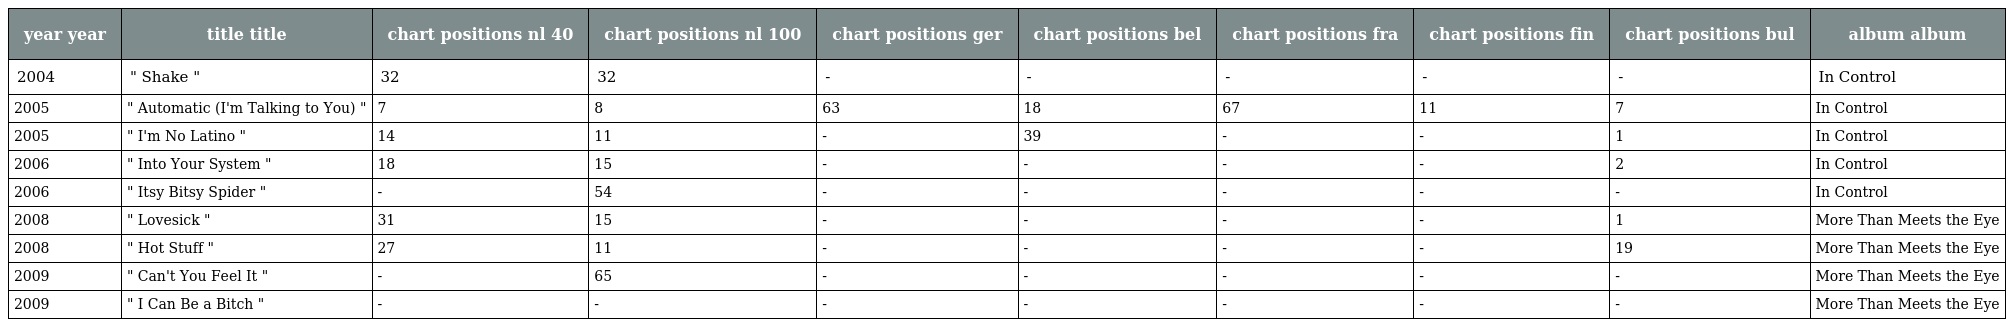
| year year | title title | chart positions nl 40 | chart positions nl 100 | chart positions ger | chart positions bel | chart positions fra | chart positions fin | chart positions bul | album album |
 | --- | --- | --- | --- | --- | --- | --- | --- | --- | --- |
 | 2004 | " Shake " | 32 | 32 | - | - | - | - | - | In Control |
 | 2005 | " Automatic (I'm Talking to You) " | 7 | 8 | 63 | 18 | 67 | 11 | 7 | In Control |
 | 2005 | " I'm No Latino " | 14 | 11 | - | 39 | - | - | 1 | In Control |
 | 2006 | " Into Your System " | 18 | 15 | - | - | - | - | 2 | In Control |
 | 2006 | " Itsy Bitsy Spider " | - | 54 | - | - | - | - | - | In Control |
 | 2008 | " Lovesick " | 31 | 15 | - | - | - | - | 1 | More Than Meets the Eye |
 | 2008 | " Hot Stuff " | 27 | 11 | - | - | - | - | 19 | More Than Meets the Eye |
 | 2009 | " Can't You Feel It " | - | 65 | - | - | - | - | - | More Than Meets the Eye |
 | 2009 | " I Can Be a Bitch " | - | - | - | - | - | - | - | More Than Meets the Eye |